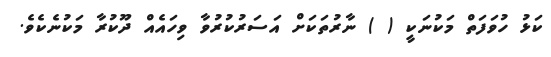
ކަޅު ހުވަފަތް މަކުނަކީ ( ) ނާރުތަކަށް އަސަރުކުރުވާ ވިހައެއް ދޫކުރާ މަކުނެކެވެ.